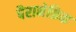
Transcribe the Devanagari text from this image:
पैरानेफ्रिक